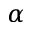
\alpha